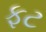
ફટ